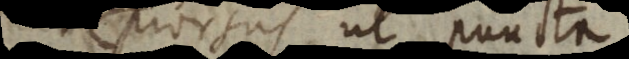
orsus ut puncta